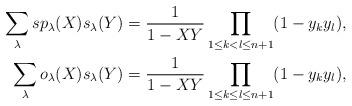
LaTeX: \begin{align*}\sum_{\lambda}sp_\lambda(X)s_\lambda(Y)=\frac{1}{1-XY}\prod_{1\leq k< l\leq n+1}(1-y_ky_l),\\\sum_{\lambda}o_\lambda(X)s_\lambda(Y)=\frac{1}{1-XY}\prod_{1\leq k\leq l\leq n+1}(1-y_ky_l),\end{align*}